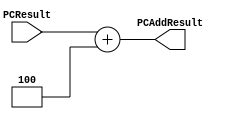
`timescale 1ns / 1ps
//////////////////////////////////////////////////////////////////////////////////
// Company: 
// Engineer: 
// 
// Design Name: 
// Module Name: PCAdder
// Project Name: 
// Target Devices: 
// Tool Versions: 
// Description: 
// 
// Dependencies: 
// 
// Revision:
// Revision 0.01 - File Created
// Additional Comments:
// 
//////////////////////////////////////////////////////////////////////////////////


module PCAdder(PCResult, PCAddResult);

    input [31:0] PCResult;

    output reg [31:0] PCAddResult;
    
    always @(PCResult)
    begin
        PCAddResult <= PCResult + 4;  
    end
endmodule